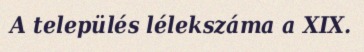
A település lélekszáma a XIX.